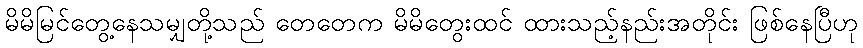
မိမိမြင်တွေ့နေသမျှတို့သည် တေတေက မိမိတွေးထင် ထားသည့်နည်းအတိုင်း ဖြစ်နေပြီဟု